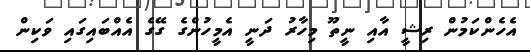
އެހެންކަމުން ރިޝީ އާއި ނީތޫ މިހާރު ދަނީ އެމީހުންގެ ގޭގެ އެއްބައިގައި ވަކިން